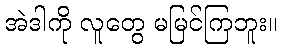
အဲဒါကို လူတွေ မမြင်ကြဘူး။